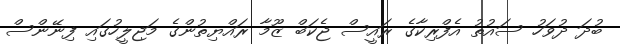
ބުދަ ދުވަހު ސައުތު އެފްރިކާގެ ރައީސް ޖެކަބް ޒޫމާ ރައްޔިތުންގެ މަޖިލީހުގައި ފިނޭންސް